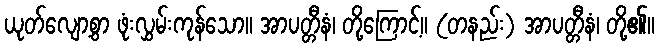
ယုတ်လျော့စွာ ဖုံးလွှမ်းကုန်သော။ အာပတ္တီနံ၊ တို့ကြောင့်။ (တနည်း) အာပတ္တီနံ၊ တို့၏။